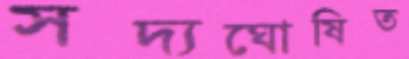
সদ্যঘোষিত